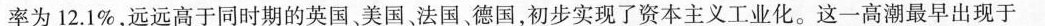
率为12.1%，远远高于同时期的英国、美国。法国、德国，初步实现了资本主义工业化。这一高潮最早出现于